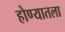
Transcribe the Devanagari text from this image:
होण्यातला